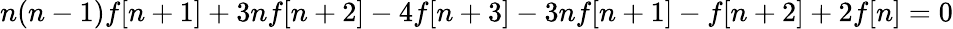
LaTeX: n(n-1)f[n+1]+3nf[n+2]-4f[n+3]-3nf[n+1]-f[n+2]+2f[n]=0